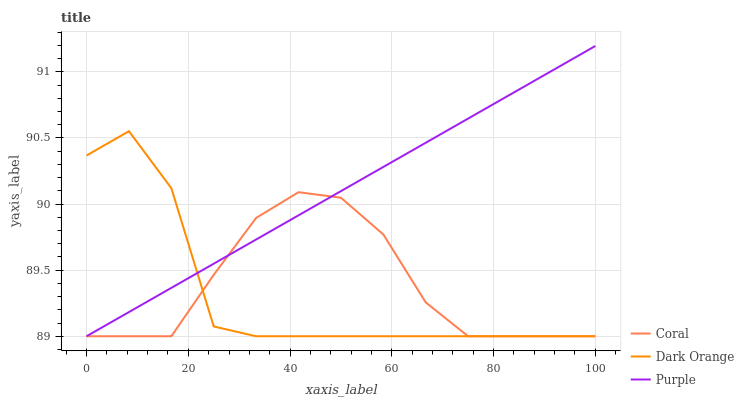
| xaxis_label | Coral | Dark Orange | Purple |
 | --- | --- | --- | --- |
 | 0 | 89 | 90.4 | 89 |
 | 8.33 | 89 | 90.6 | 89.2 |
 | 16.7 | 89 | 90.1 | 89.4 |
 | 25 | 89.5 | 89.1 | 89.5 |
 | 33.3 | 89.9 | 89 | 89.7 |
 | 41.7 | 90.1 | 89 | 89.9 |
 | 50 | 90 | 89 | 90.1 |
 | 58.3 | 89.8 | 89 | 90.3 |
 | 66.7 | 89.3 | 89 | 90.5 |
 | 75 | 89 | 89 | 90.6 |
 | 83.3 | 89 | 89 | 90.8 |
 | 91.7 | 89 | 89 | 91 |
 | 100 | 89 | 89 | 91.2 |